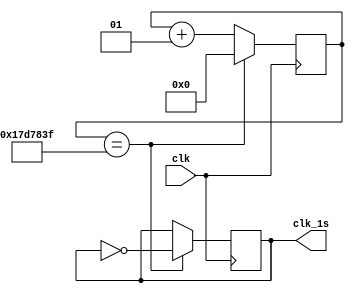
module divider
(   
     input clk,
	  output reg clk_1s
);

integer count_clk=0;

always @(posedge clk)
if(count_clk==24999999)
begin
count_clk <=0;
clk_1s <= ~clk_1s;
end
else
count_clk <= count_clk+1;

endmodule